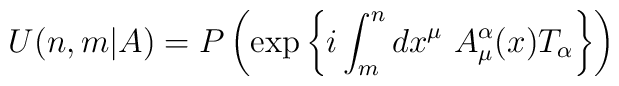
U(n,m\vert A)=P\left(\exp\left\{ i\int^n_m dx^\mu\ A^\alpha_\mu(x)T_\alpha\right\}\right)